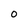
Character: O